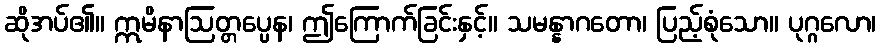
ဆိုအပ်၏။ ဣမိနာဩတ္တပ္ပေန၊ ဤကြောက်ခြင်းနှင့်။ သမန္နာဂတော၊ ပြည့်စုံသော။ ပုဂ္ဂလော၊